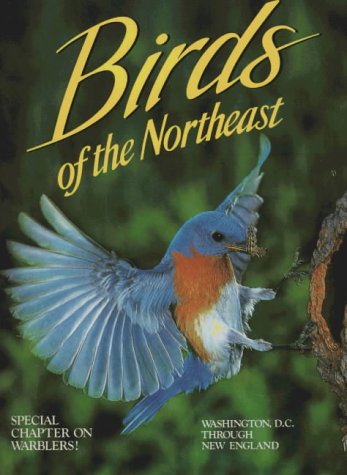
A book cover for Birds of the Northeast: Washington, D.C. Through New England; Winston Williams; Travel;